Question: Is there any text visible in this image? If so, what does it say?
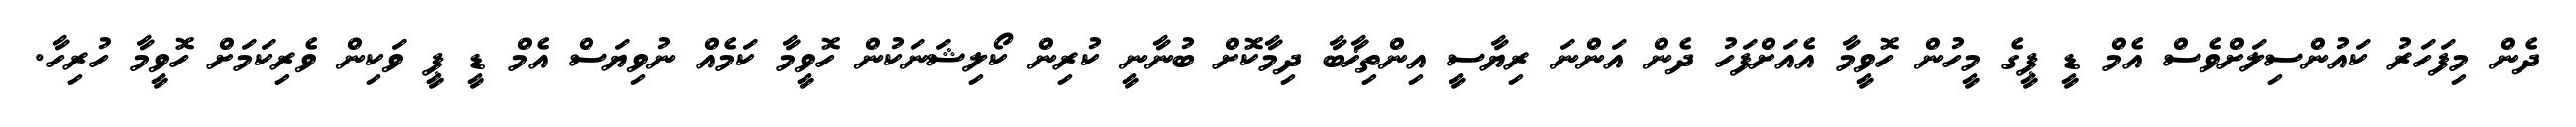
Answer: ދެން މިފަހަރު ކައުންސިލަށްވެސް އެމް ޑީ ޕީގެ މީހުން ހޮވީމާ އެއަށްފަހު ދެން އަންނަ ރިޔާސީ އިންތިޚާބާ ދިމާކޮށް ބުނާނީ ކުރިން ކޯލިޝަނަކުން ހޮވީމާ ކަމެއް ނުވިޔަސް އެމް ޑީ ޕީ ވަކިން ވެރިކަމަށް ހޮވީމާ ހުރިހާ.